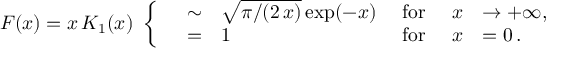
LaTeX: F ( x ) = x \, K _ { 1 } ( x ) \ \left\{ \begin{array} { l c l l c l l } { { } } & { { \sim } } & { { \sqrt { \pi / ( 2 \, x ) } \exp ( - x ) } } & { { \mathrm { \ f o r \ } } } & { { x } } & { { \rightarrow + \infty , \nonumber } } \\ { { } } & { { = } } & { { 1 } } & { { \mathrm { \ f o r \ } } } & { { x } } & { { = 0 \, . \nonumber } } \end{array} \right.